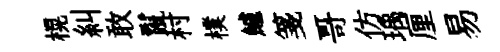
榥糾敢鬣村樸鱸箋哥仿瑀厘易